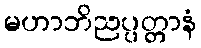
မဟာဘိညပ္ပတ္တာနံ